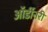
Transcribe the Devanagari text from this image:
ऑर्डीनरी